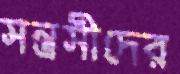
সন্ত্রসীদের